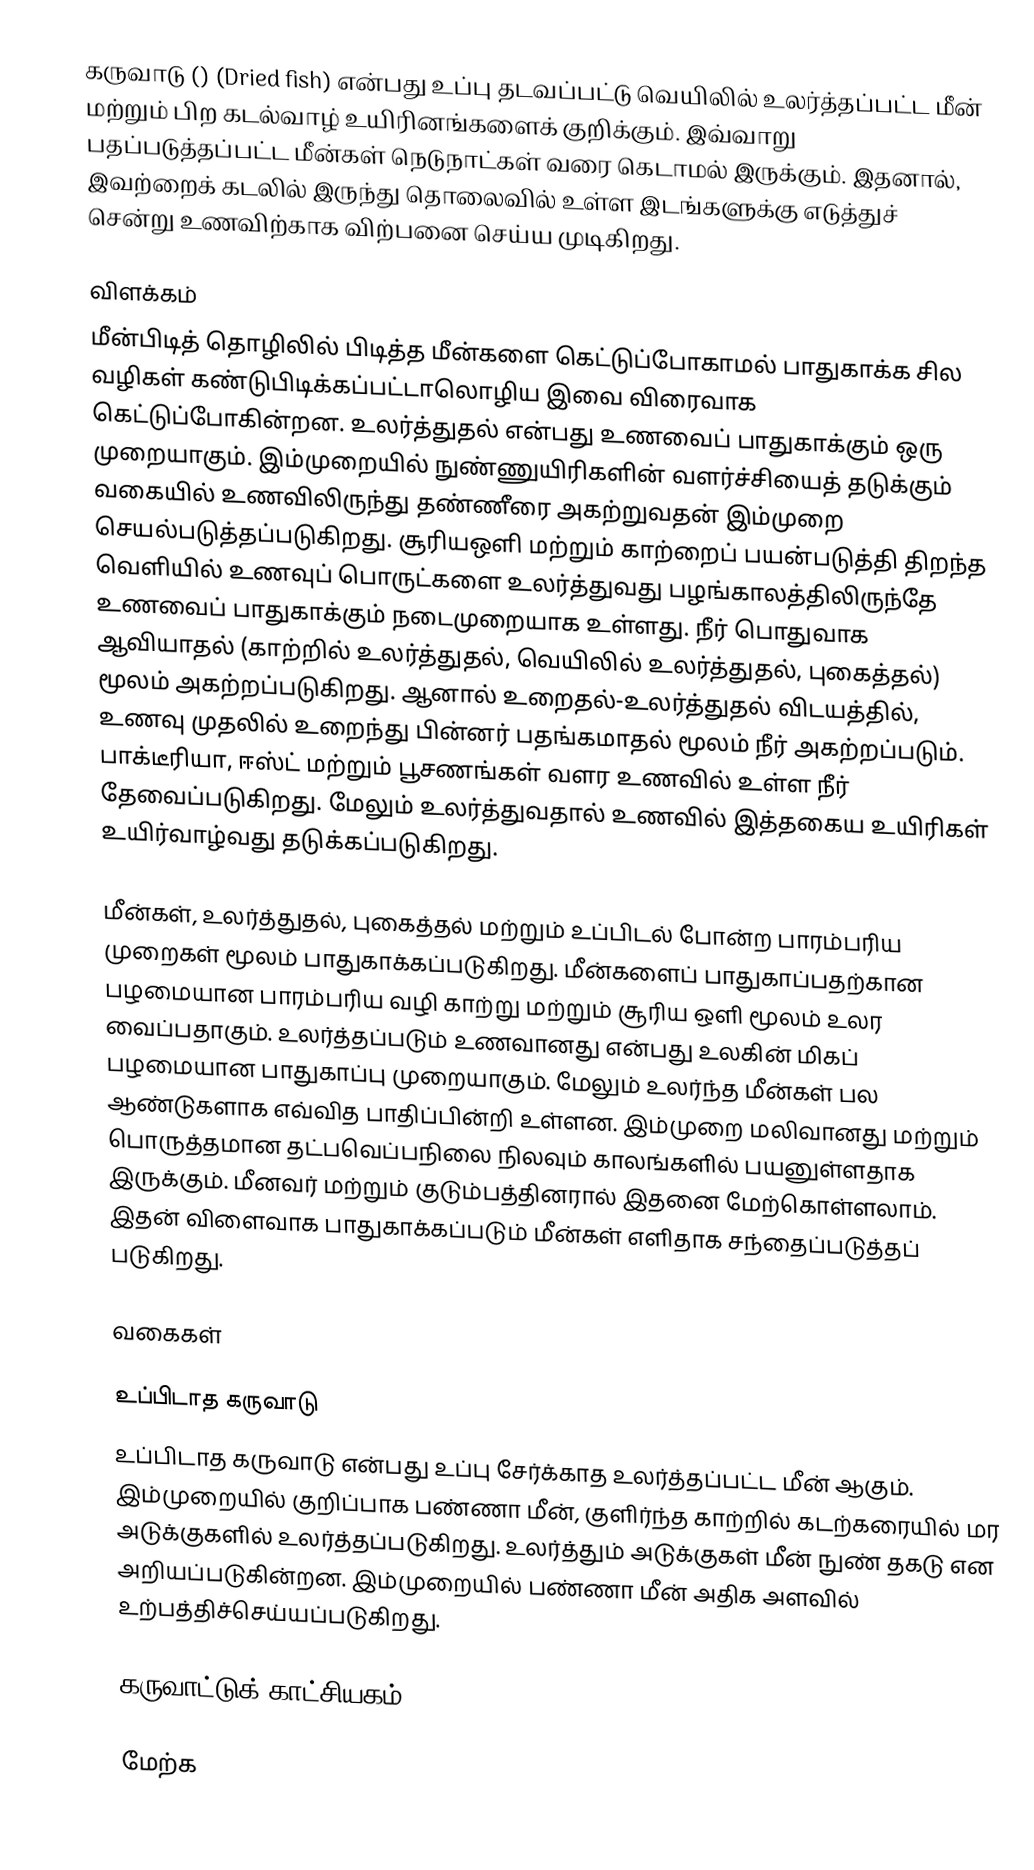
கருவாடு () (Dried fish) என்பது உப்பு தடவப்பட்டு வெயிலில் உலர்த்தப்பட்ட மீன் மற்றும் பிற கடல்வாழ் உயிரினங்களைக் குறிக்கும். இவ்வாறு பதப்படுத்தப்பட்ட மீன்கள் நெடுநாட்கள் வரை கெடாமல் இருக்கும். இதனால், இவற்றைக் கடலில் இருந்து தொலைவில் உள்ள இடங்களுக்கு எடுத்துச் சென்று உணவிற்காக விற்பனை செய்ய முடிகிறது.

விளக்கம்
மீன்பிடித் தொழிலில் பிடித்த மீன்களை கெட்டுப்போகாமல் பாதுகாக்க சில வழிகள் கண்டுபிடிக்கப்பட்டாலொழிய இவை விரைவாக கெட்டுப்போகின்றன. உலர்த்துதல் என்பது உணவைப் பாதுகாக்கும் ஒரு முறையாகும். இம்முறையில் நுண்ணுயிரிகளின் வளர்ச்சியைத் தடுக்கும் வகையில் உணவிலிருந்து தண்ணீரை அகற்றுவதன் இம்முறை செயல்படுத்தப்படுகிறது. சூரியஒளி மற்றும் காற்றைப் பயன்படுத்தி திறந்த வெளியில் உணவுப் பொருட்களை உலர்த்துவது பழங்காலத்திலிருந்தே உணவைப் பாதுகாக்கும் நடைமுறையாக உள்ளது.  நீர் பொதுவாக ஆவியாதல் (காற்றில் உலர்த்துதல், வெயிலில் உலர்த்துதல், புகைத்தல்) மூலம் அகற்றப்படுகிறது. ஆனால் உறைதல்-உலர்த்துதல் விடயத்தில், உணவு முதலில் உறைந்து பின்னர் பதங்கமாதல் மூலம் நீர் அகற்றப்படும். பாக்டீரியா, ஈஸ்ட் மற்றும் பூசணங்கள் வளர உணவில் உள்ள நீர் தேவைப்படுகிறது. மேலும் உலர்த்துவதால் உணவில் இத்தகைய உயிரிகள் உயிர்வாழ்வது தடுக்கப்படுகிறது.

மீன்கள், உலர்த்துதல், புகைத்தல் மற்றும் உப்பிடல் போன்ற பாரம்பரிய முறைகள் மூலம் பாதுகாக்கப்படுகிறது. மீன்களைப் பாதுகாப்பதற்கான பழமையான பாரம்பரிய வழி காற்று மற்றும் சூரிய ஒளி மூலம் உலர வைப்பதாகும். உலர்த்தப்படும் உணவானது என்பது உலகின் மிகப் பழமையான பாதுகாப்பு முறையாகும். மேலும் உலர்ந்த மீன்கள் பல ஆண்டுகளாக எவ்வித பாதிப்பின்றி உள்ளன. இம்முறை மலிவானது மற்றும் பொருத்தமான தட்பவெப்பநிலை நிலவும் காலங்களில் பயனுள்ளதாக இருக்கும். மீனவர் மற்றும் குடும்பத்தினரால் இதனை மேற்கொள்ளலாம். இதன் விளைவாக பாதுகாக்கப்படும் மீன்கள் எளிதாக சந்தைப்படுத்தப் படுகிறது.

வகைகள்

உப்பிடாத கருவாடு
உப்பிடாத கருவாடு என்பது உப்பு சேர்க்காத உலர்த்தப்பட்ட மீன் ஆகும். இம்முறையில் குறிப்பாக பண்ணா மீன், குளிர்ந்த காற்றில் கடற்கரையில் மர அடுக்குகளில் உலர்த்தப்படுகிறது. உலர்த்தும் அடுக்குகள் மீன் நுண் தகடு என அறியப்படுகின்றன. இம்முறையில் பண்ணா மீன் அதிக அளவில் உற்பத்திச்செய்யப்படுகிறது.

கருவாட்டுக் காட்சியகம்

மேற்க